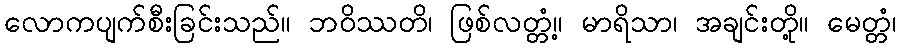
လောကပျက်စီးခြင်းသည်။ ဘဝိဿတိ၊ ဖြစ်လတ္တံ့။ မာရိသာ၊ အချင်းတို့။ မေတ္တံ၊